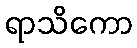
ရာသိကော